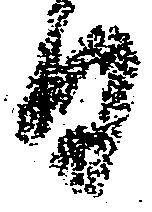
日